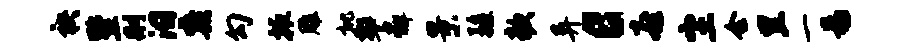
袂墅删汨蠡勾掖雕批警懈景疆欹异c喜尘会里一易